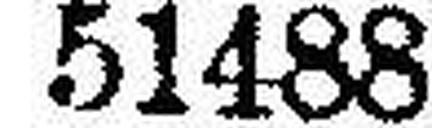
51488